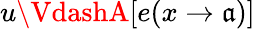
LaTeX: u\VdashA[e(x\to\mathfrak{a})]